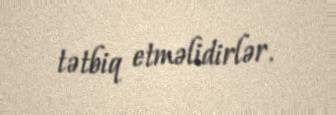
tətbiq etməlidirlər.